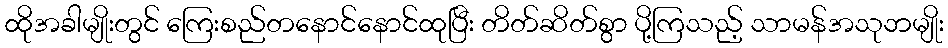
ထိုအခါမျိုးတွင် ကြေးစည်တနောင်နောင်ထုပြီး တိတ်ဆိတ်စွာ ပို့ကြသည့် သာမန်အသုဘမျိုး